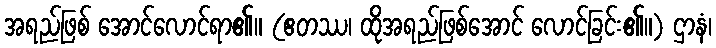
အရည်ဖြစ် အောင်လောင်ရာ၏။ (ဧတဿ၊ ထိုအရည်ဖြစ်အောင် လောင်ခြင်း၏။) ဌာနံ၊